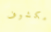
مكشوف